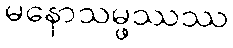
မနောသမ္ဖဿဿ